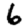
Digit: 6